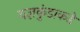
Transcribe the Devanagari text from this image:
यज्ञकुंडाकडे